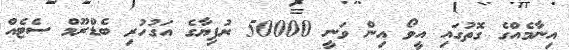
އިނާމެއްގެ ގޮތުގައި އީވޯ އިން ވަނީ 50000 ރުފިޔާގެ އަގުހުރި ބެޑްރޫމް ސެޓެއް